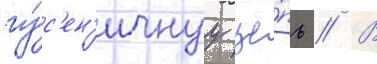
гу́с'ен'ичнуу це́пь // В